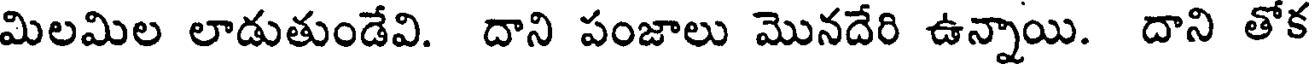
మిలమిల లాడుతుండేవి. దాని పంజాలు మొనదేరి ఉన్నాయి. దాని తోక